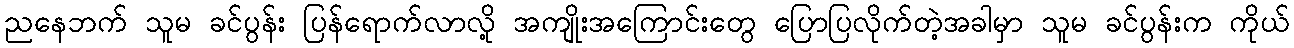
ညနေဘက် သူမ ခင်ပွန်း ပြန်ရောက်လာလို့ အကျိုးအကြောင်းတွေ ပြောပြလိုက်တဲ့အခါမှာ သူမ ခင်ပွန်းက ကိုယ်